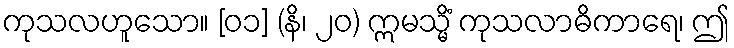
ကုသလဟူသော။ [၀၁] (နိ၊ ၂၀) ဣမသ္မိံ ကုသလာဓိကာရေ၊ ဤ